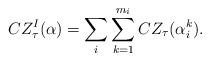
LaTeX: \begin{align*}CZ^I_\tau(\alpha) = \sum_i \sum_{k=1}^{m_i}CZ_\tau(\alpha_i^k).\end{align*}